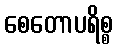
စေတောပရိစ္စ